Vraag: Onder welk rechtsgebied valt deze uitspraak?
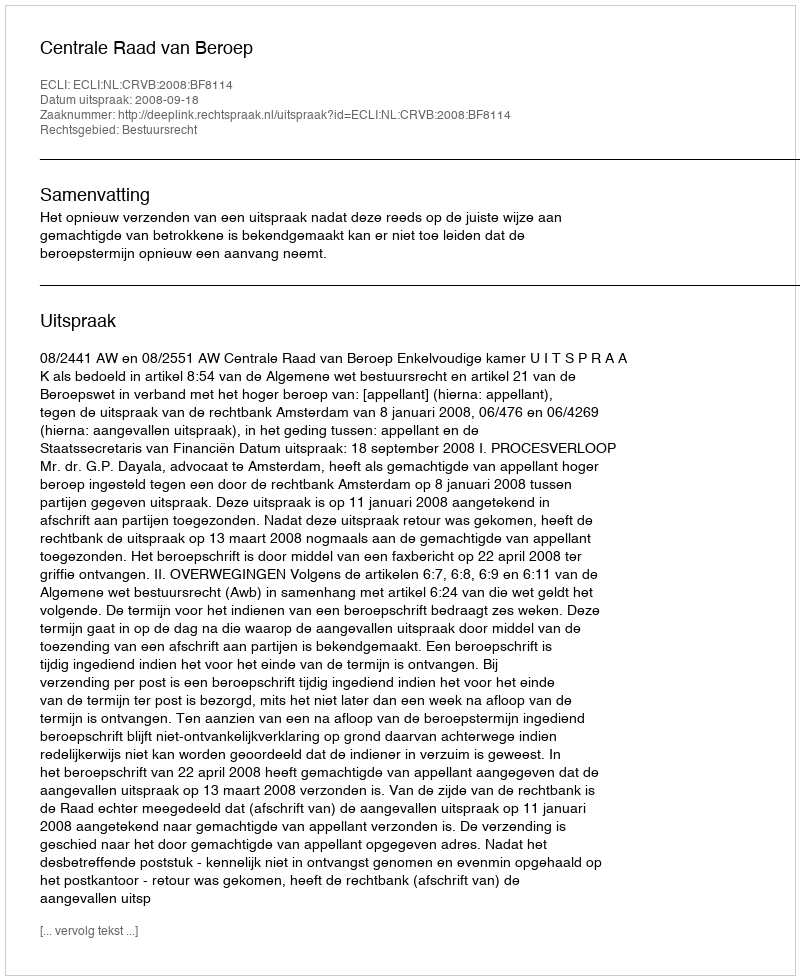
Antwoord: Bestuursrecht